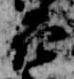
花